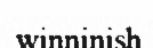
winninish